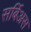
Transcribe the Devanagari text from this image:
सर्बिअस